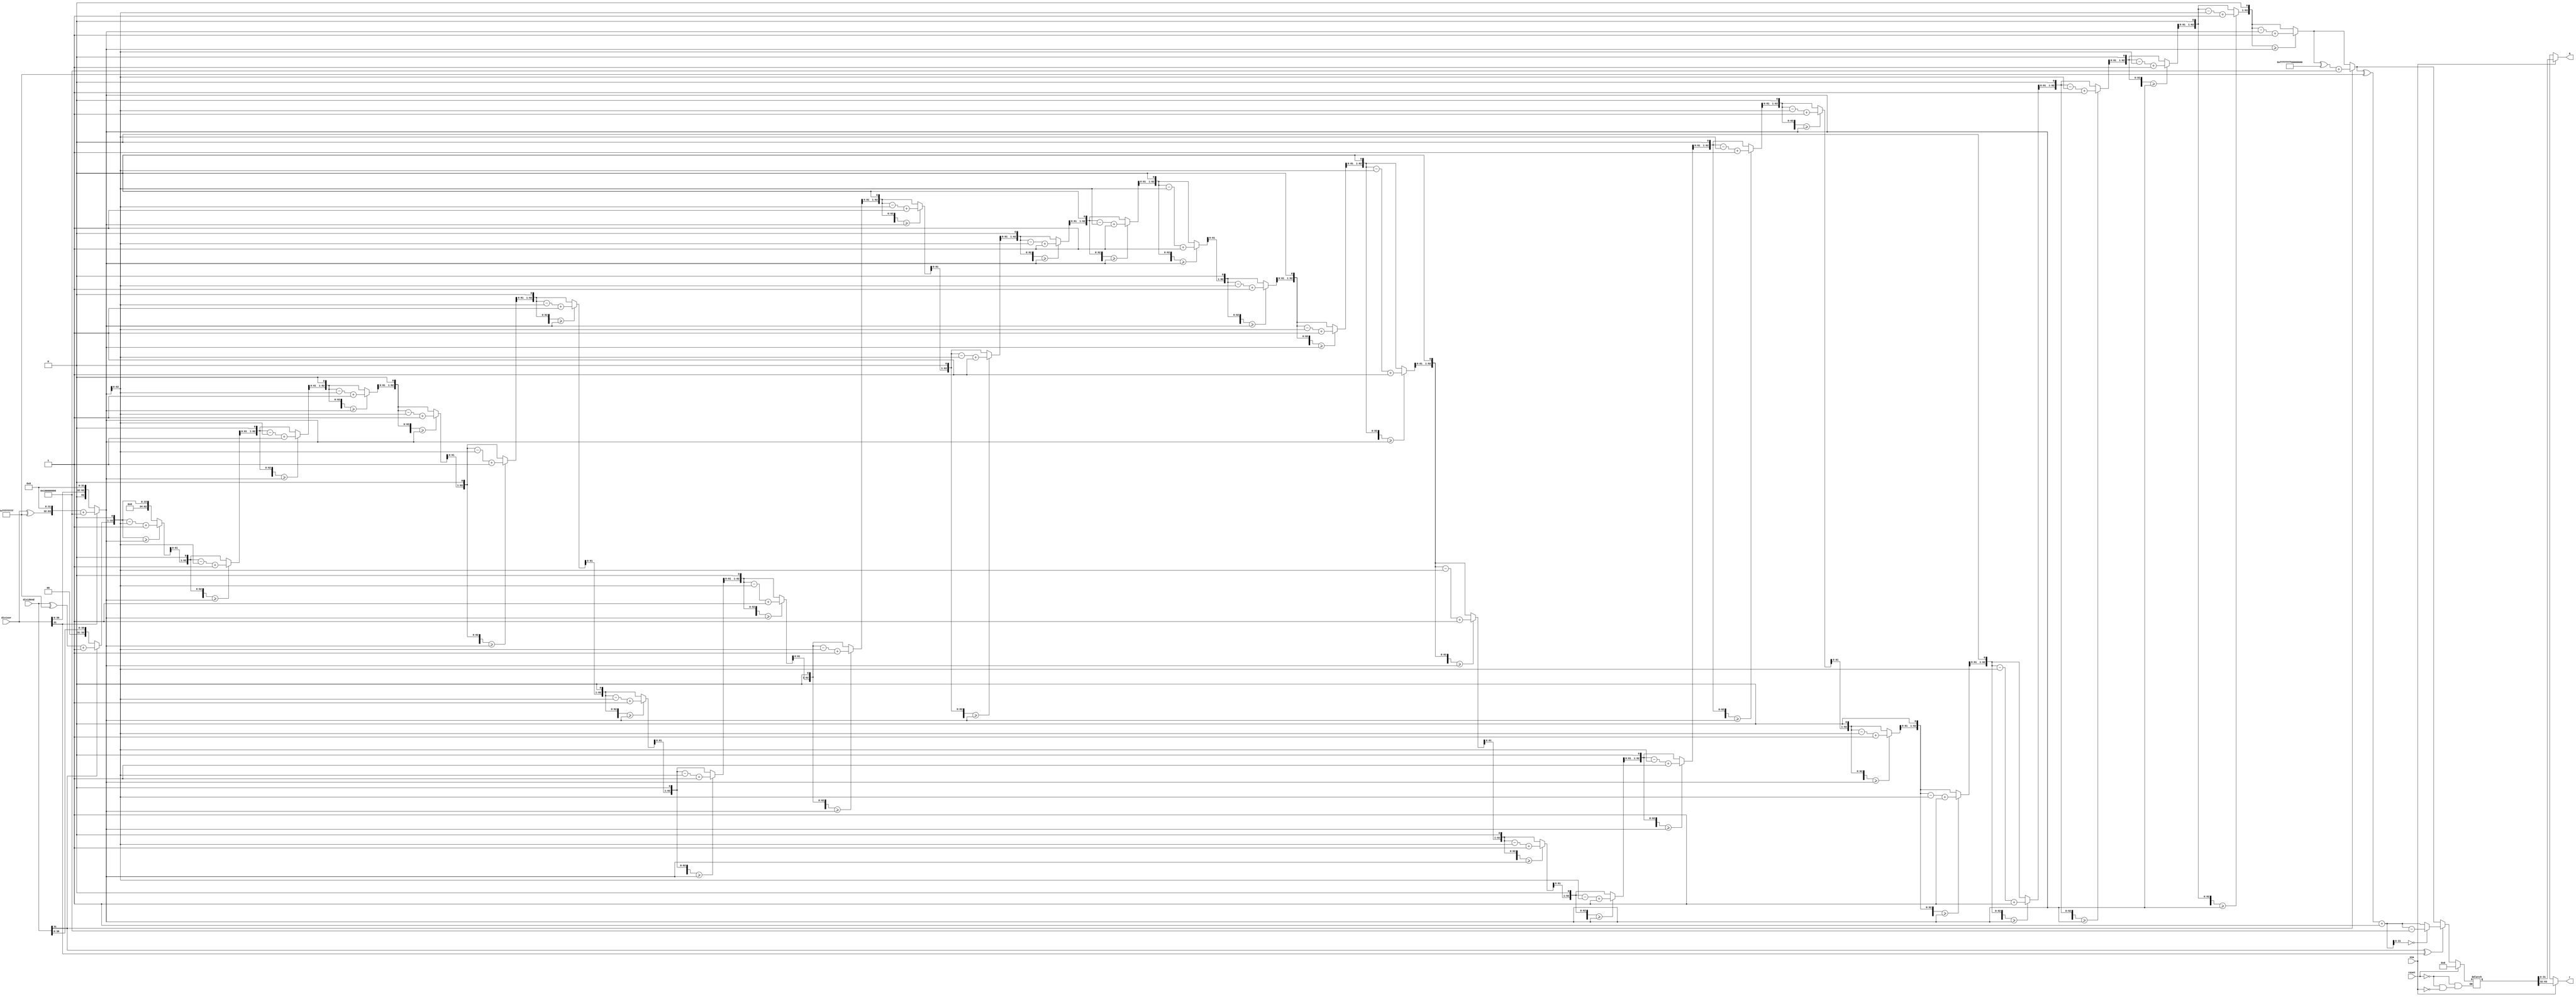
//////////////////////////////////////////////////////////////////////////////////
// 
// Project Name: Multi-cycle CPU with 54 Instructions Based on MIPS Architecture
//////////////////////////////////////////////////////////////////////////////////

`timescale 1ns / 1ps

module div(
    input [31:0] dividend,
    input [31:0] divisor,
    //input clk,
    input reset,
    input ena,
    output [31:0] q,
    output [31:0] r
    );

    reg [63:0] temp_dividend;
    reg [63:0] temp_divisor;
    reg is_minus;
    reg is_div_minus;
    integer counter;
    
    always @ (*) begin
        if (reset == 1) begin
            temp_dividend <= 0;
            temp_divisor <= 0;
            is_minus <= 0;
            is_div_minus <= 0;
        end

        else if(ena) begin
            temp_dividend = dividend;
            temp_divisor = {divisor, 32'b0};
            is_minus = dividend[31] ^ divisor[31];   //judge 
            is_div_minus = dividend[31];

            if (dividend[31] == 1) begin
               temp_dividend = dividend ^ 32'hffffffff;
               temp_dividend = temp_dividend + 1;
            end

            if (divisor[31] == 1) begin
                temp_divisor = {divisor ^ 32'hffffffff, 32'b0};
                temp_divisor = temp_divisor + 64'h0000000100000000;
            end 
            
            for (counter = 0; counter < 32; counter = counter + 1) begin
                temp_dividend = temp_dividend << 1;
                
                if (temp_dividend >= temp_divisor) begin
                    temp_dividend = temp_dividend - temp_divisor;
                    temp_dividend = temp_dividend + 1;
                end
            end

            if (is_div_minus == 1) begin
                temp_dividend = temp_dividend ^ 64'hffffffff00000000;
                temp_dividend = temp_dividend + 64'h0000000100000000;
            end
                                
            if (is_minus == 1) begin
                temp_dividend = temp_dividend ^ 64'h00000000ffffffff;
                temp_dividend = temp_dividend + 64'h0000000000000001;
                if (temp_dividend[31:0] == 32'b0) begin
                    temp_dividend = temp_dividend - 64'h0000000100000000;
                end
            end
        end
    end
    
    assign q = (ena == 1) ? temp_dividend[31:0] : 32'bx;
    assign r = (ena == 1) ? temp_dividend[63:32]: 32'bx;
    
endmodule